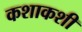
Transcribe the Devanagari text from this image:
कशाकशी